Report of the Indian Hemp Drugs Commission, 1894-1895 - Volume I
Year: 1894
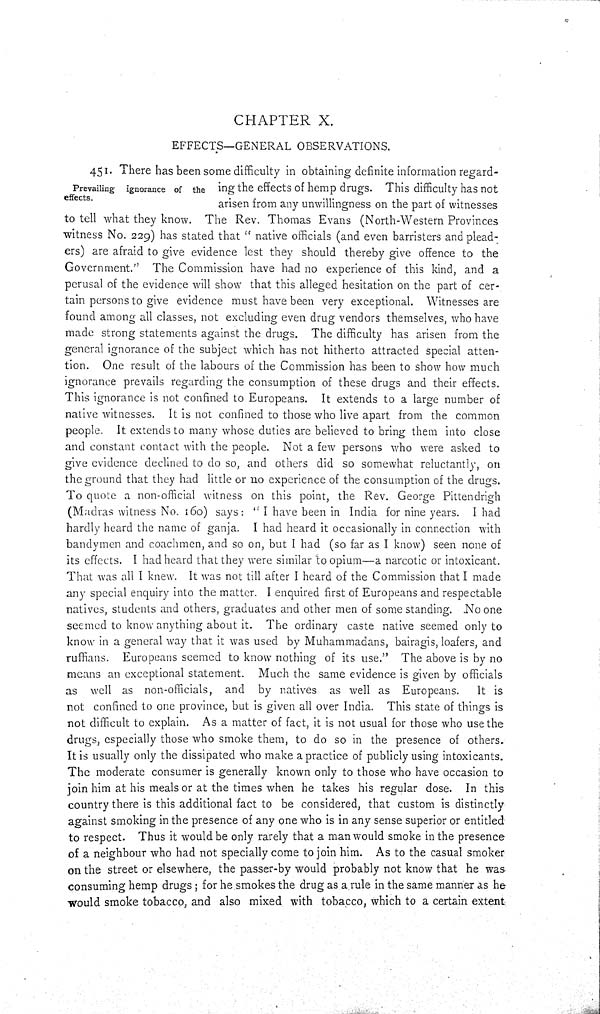
CHAPTER X.
EFFECTS—GENERAL OBSERVATIONS.
Prevailing ignorance of the
effects.
451. There has been some difficulty in obtaining definite information regard-
ing the effects of hemp drugs. This difficulty has not
arisen from any unwillingness on the part of witnesses
to tell what they know. The Rev. Thomas Evans (North-Western Provinces
witness No. 229) has stated that "native officials (and even barristers and plead-
ers) are afraid to give evidence lest they should thereby give offence to the
Government." The Commission have had no experience of this kind, and a
perusal of the evidence will show that this alleged hesitation on the part of cer-
tain persons to give evidence must have been very exceptional. Witnesses are
found among all classes, not excluding even drug vendors themselves, who have
made strong statements against the drugs. The difficulty has arisen from the
general ignorance of the subject which has not hitherto attracted special atten-
tion. One result of the labours of the Commission has been to show how much
ignorance prevails regarding the consumption of these drugs and their effects.
This ignorance is not confined to Europeans. It extends to a large number of
native witnesses. It is not confined to those who live apart from the common
people. It extends to many whose duties are believed to bring them into close
and constant contact with the people. Not a few persons who were asked to
give evidence declined to do so, and others did so somewhat reluctantly, on
the ground that they had little or no experience of the consumption of the drugs.
To quote a non-official witness on this point, the Rev. George Pittendrigh
(Madras witness No. 160) says: "I have been in India for nine years. I had
hardly heard the name of ganja. I had heard it occasionally in connection with
handymen and coachmen, and so on, but I had (so far as I know) seen none of
its effects. I had heard that they were similar to opium—a narcotic or intoxicant.
That was all I knew. It was not till after I heard of the Commission that I made
any special enquiry into the matter. I enquired first of Europeans and respectable
natives, students and others, graduates and other men of some standing. No one
seemed to know anything about it. The ordinary caste native seemed only to
know in a general way that it was used by Muhammadans, bairagis, loafers, and
ruffians. Europeans seemed to know nothing of its use." The above is by no
means an exceptional statement. Much the same evidence is given by officials
as well as non-officials, and by natives as well as Europeans. It is
not confined to one province, but is given all over India. This state of things is
not difficult to explain. As a matter of fact, it is not usual for those who use the
drugs, especially those who smoke them, to do so in the presence of others.
It is usually only the dissipated who make a practice of publicly using intoxicants.
The moderate consumer is generally known only to those who have occasion to
join him at his meals or at the times when he takes his regular dose. In this
country there is this additional fact to be considered, that custom is distinctly
against smoking in the presence of any one who is in any sense superior or entitled
to respect. Thus it would be only rarely that a man would smoke in the presence
of a neighbour who had not specially come to join him. As to the casual smoker
on the street or elsewhere, the passer-by would probably not know that he was
consuming hemp drugs; for he smokes the drug as a rule in the same manner as he
would smoke tobacco, and also mixed with tobacco, which to a certain extent